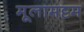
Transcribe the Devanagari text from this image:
मूलामट्टम